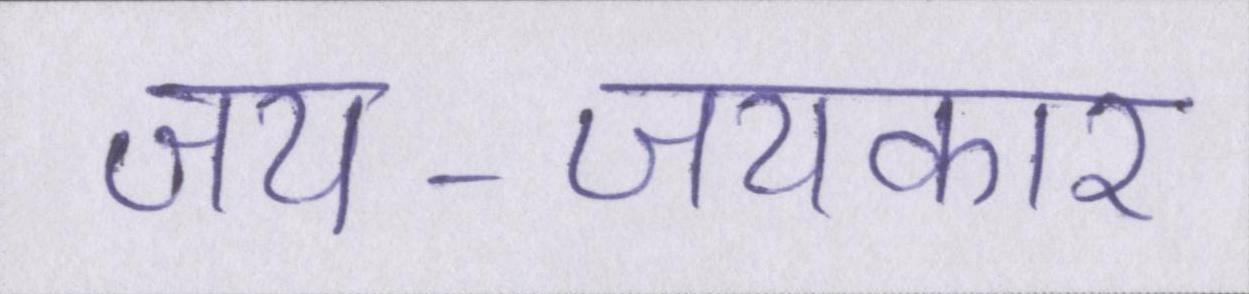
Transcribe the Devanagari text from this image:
जय-जयकार